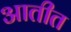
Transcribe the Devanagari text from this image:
आतीत